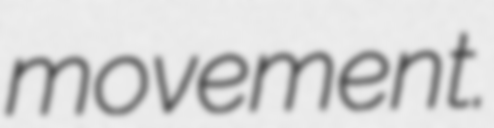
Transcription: movement.